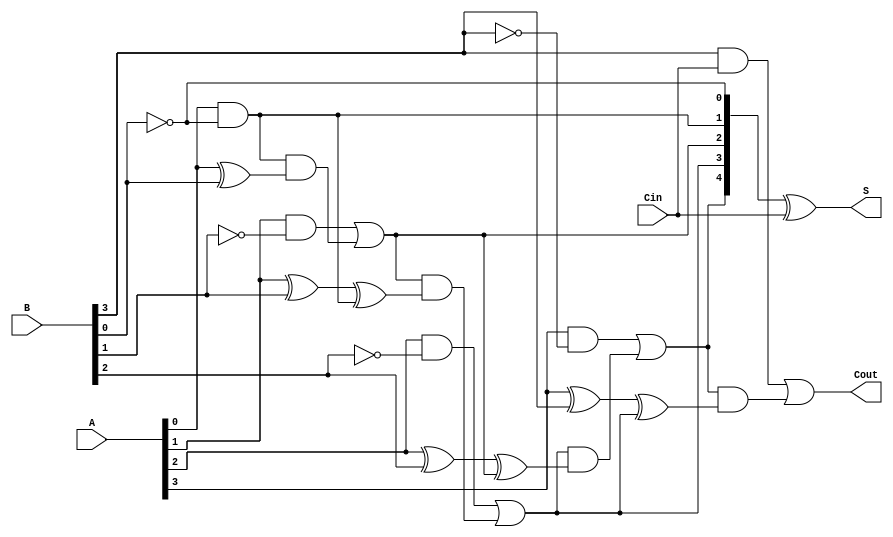
module CLA_subtractor (
  input [3:0] A,
  input [3:0] B,
  input Cin,
  output [4:0] S,
  output Cout
);

wire G0, P0, G1, P1, G2, P2, G3, P3, G4;

assign G0 = A[0] & ~B[0];
assign P0 = A[0] ^ B[0];

assign G1 = A[1] & ~B[1] | G0 & P0;
assign P1 = A[1] ^ B[1] ^ G0;

assign G2 = A[2] & ~B[2] | G1 & P1;
assign P2 = A[2] ^ B[2] ^ G1;

assign G3 = A[3] & ~B[3] | G2 & P2;
assign P3 = A[3] ^ B[3] ^ G2;

assign G4 = B[3] & Cin | G3 & P3;
assign S = {G3, G2, G1, G0, ~B[0]} ^ Cin;
assign Cout = G4;

endmodule